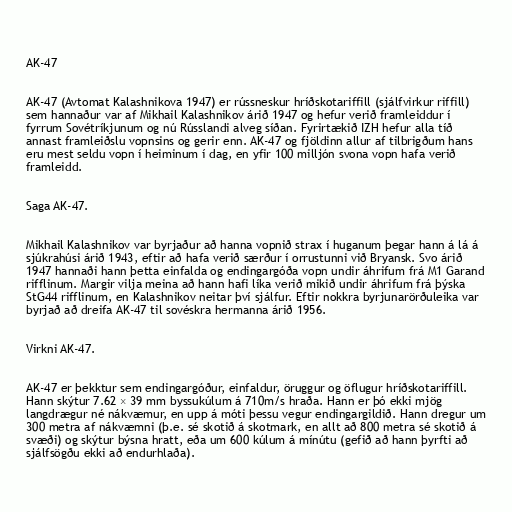
AK-47

AK-47 (Avtomat Kalashnikova 1947) er rússneskur hríðskotariffill (sjálfvirkur riffill)
sem hannaður var af Mikhail Kalashnikov árið 1947 og hefur verið framleiddur í
fyrrum Sovétríkjunum og nú Rússlandi alveg síðan. Fyrirtækið IZH hefur alla tíð
annast framleiðslu vopnsins og gerir enn. AK-47 og fjöldinn allur af tilbrigðum hans
eru mest seldu vopn í heiminum í dag, en yfir 100 milljón svona vopn hafa verið
framleidd.

Saga AK-47.

Mikhail Kalashnikov var byrjaður að hanna vopnið strax í huganum þegar hann á lá á
sjúkrahúsi árið 1943, eftir að hafa verið særður í orrustunni við Bryansk. Svo árið
1947 hannaði hann þetta einfalda og endingargóða vopn undir áhrifum frá M1 Garand
rifflinum. Margir vilja meina að hann hafi líka verið mikið undir áhrifum frá þýska
StG44 rifflinum, en Kalashnikov neitar því sjálfur. Eftir nokkra byrjunarörðuleika var
byrjað að dreifa AK-47 til sovéskra hermanna árið 1956.

Virkni AK-47.

AK-47 er þekktur sem endingargóður, einfaldur, öruggur og öflugur hríðskotariffill.
Hann skýtur 7.62 × 39 mm byssukúlum á 710m/s hraða. Hann er þó ekki mjög
langdrægur né nákvæmur, en upp á móti þessu vegur endingargildið. Hann dregur um
300 metra af nákvæmni (þ.e. sé skotið á skotmark, en allt að 800 metra sé skotið á
svæði) og skýtur býsna hratt, eða um 600 kúlum á mínútu (gefið að hann þyrfti að
sjálfsögðu ekki að endurhlaða).